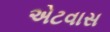
એટવાસ